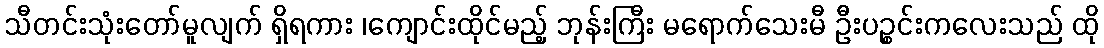
သီတင်းသုံးတော်မူလျက် ရှိရကား ၊ကျောင်းထိုင်မည့် ဘုန်းကြီး မရောက်သေးမီ ဦးပဉ္စင်းကလေးသည် ထို